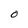
Character: 0